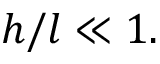
h / l \ll 1 .